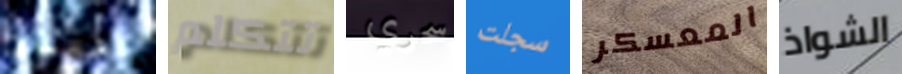
أختنق تتكلم سحري سجلت المعسكر الشواذ